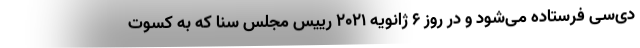
دی‌سی فرستاده می‌شود و در روز 6 ژانویه 2021 رییس مجلس سنا که به کسوت